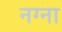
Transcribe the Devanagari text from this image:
नग्ना